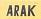
arak